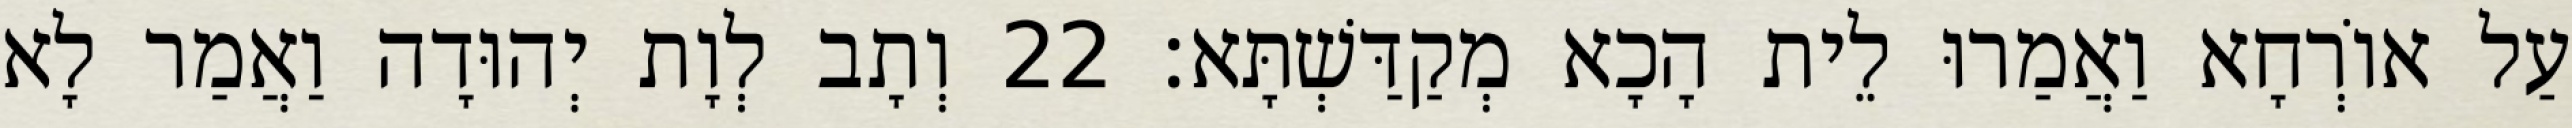
עַל אוֹרְחָא וַאֲמַרוּ לֵית הָכָא מְקַדַּשְׁתָּא׃ 22 וְתָב לְוָת יְהוּדָה וַאֲמַר לָא